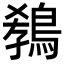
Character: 𪁡